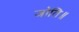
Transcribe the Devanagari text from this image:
जोति॥